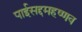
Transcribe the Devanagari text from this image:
पाईसद्दमहष्णव